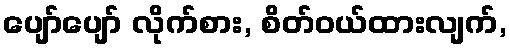
ပျော်ပျော် လိုက်စား, စိတ်ဝယ်ထားလျက်,